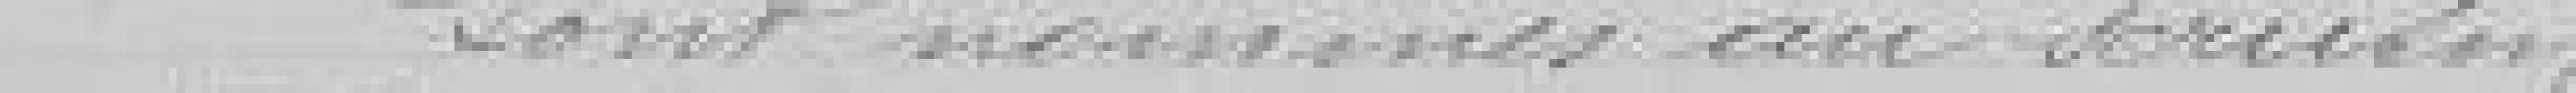
Sont nommés au scrutin